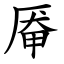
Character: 厣